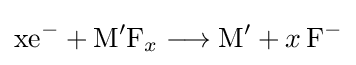
{\mathrm {xe} {\vphantom {A}}^{-}{}+{}\mathrm {M} {\vphantom {A}}^{\prime }\mathrm {F} {\vphantom {A}}_{\smash[{t}]{x}}{}\mathrel {\longrightarrow } {}\mathrm {M} {\vphantom {A}}^{\prime }{}+{}x\,\mathrm {F} {\vphantom {A}}^{-}}